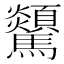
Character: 𩧔